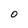
Character: O